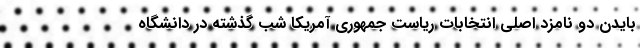
بایدن دو نامزد اصلی انتخابات ریاست جمهوری آمریکا شب گذشته در دانشگاه